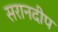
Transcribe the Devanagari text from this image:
सरानदीप